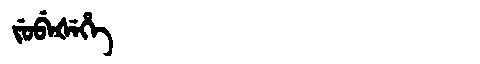
Manchu: ᠵᡠᠪᡝᡧᡝᡥᡝ
Romanization: JUBEŠEHE